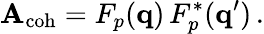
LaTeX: \mathbf{A}_{\mathrm{{coh}}}=F_{p}({\mathbf{q}})\, F_{p}^{*}({\mathbf{q}}^{\prime})\, .